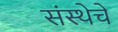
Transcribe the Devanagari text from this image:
संस्‍थेचे